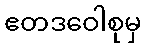
ဧတဒဝေါစုမှ